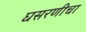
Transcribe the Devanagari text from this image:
घसरणीचा